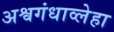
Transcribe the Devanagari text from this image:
अश्वगंधाव्लेहा